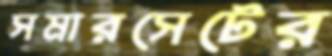
সমারসেটের